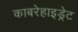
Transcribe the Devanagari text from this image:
काबरेहाइड्रेट